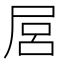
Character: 𡱶